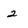
Character: 2